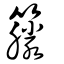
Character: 籐